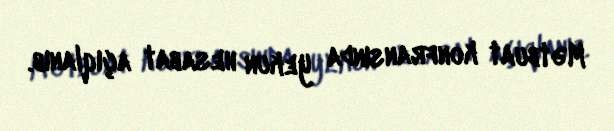
Mətbuat konfransında yekun hesabat açıqlanıb.